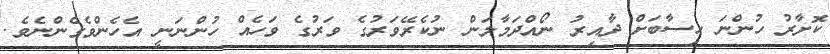
ކޮށާރު ހުންނަ ހިސާބަށް ދާއިރު ނޯއްދަމާލަން ނުކެރޭވަރުގެ ވަރުގެ ވަހެއް ހުންނަނީ އެހެންވެގެންނެވެ.